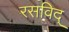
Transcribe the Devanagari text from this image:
रसविद्